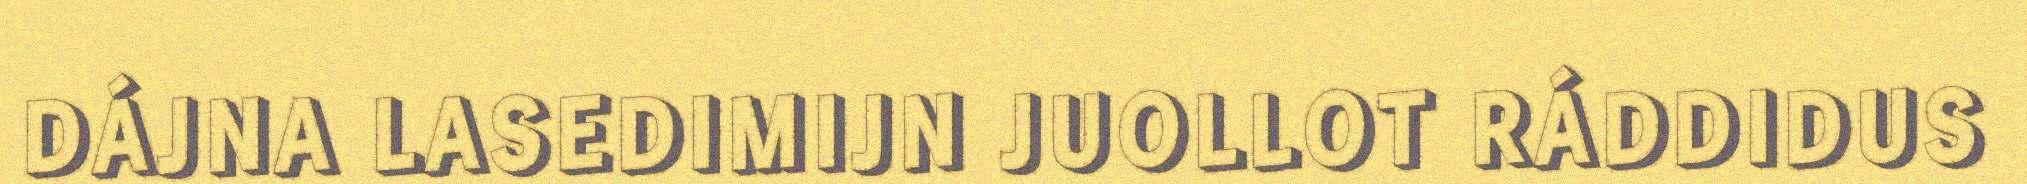
DÁJNA LASEDIMIJN JUOLLOT RÁDDIDUS